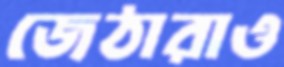
জেঠারাও